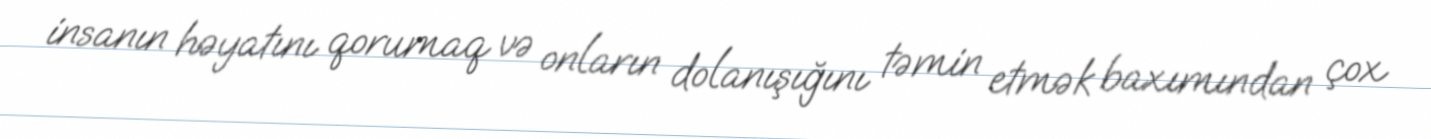
insanın həyatını qorumaq və onların dolanışığını təmin etmək baxımından çox